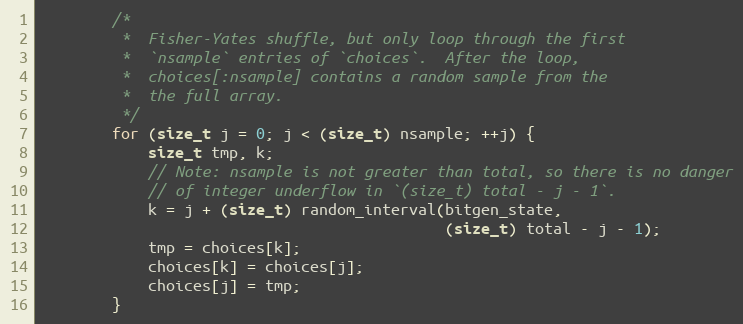
Language: C
        /*
         *  Fisher-Yates shuffle, but only loop through the first
         *  `nsample` entries of `choices`.  After the loop,
         *  choices[:nsample] contains a random sample from the
         *  the full array.
         */
        for (size_t j = 0; j < (size_t) nsample; ++j) {
            size_t tmp, k;
            // Note: nsample is not greater than total, so there is no danger
            // of integer underflow in `(size_t) total - j - 1`.
            k = j + (size_t) random_interval(bitgen_state,
                                             (size_t) total - j - 1);
            tmp = choices[k];
            choices[k] = choices[j];
            choices[j] = tmp;
        }